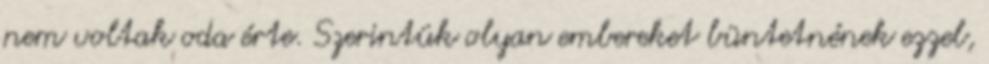
nem voltak oda érte. Szerintük olyan embereket büntetnének ezzel,